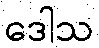
ဒေါသ